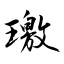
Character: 璬